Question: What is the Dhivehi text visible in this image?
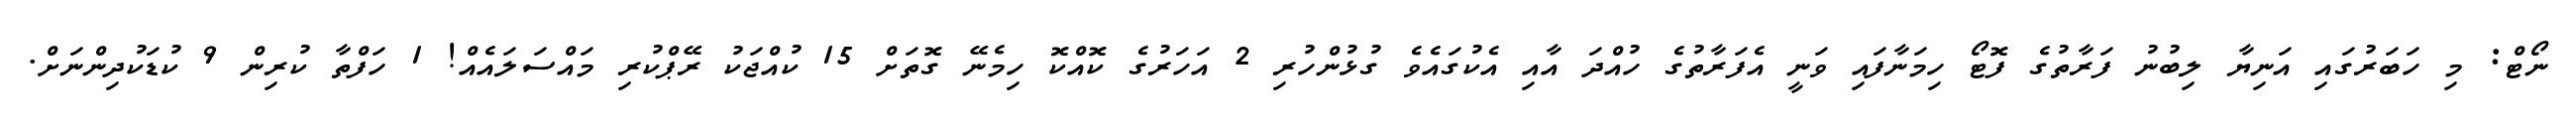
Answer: ނޯޓް: މި ހަބަރުގައި އަނިޔާ ލިބުނު ފަރާތުގެ ފޮޓޯ ހިމަނާފައި ވަނީ އެފަރާތުގެ ހުއްދަ އާއި އެކުގައެވެ ގުޅުންހުރި 2 އަހަރުގެ ކޮއްކޮ ހިމެނޭ ގޮތަށް 15 ކުއްޖަކު ރޭޕްކުރި މައްސަލައެއް! 1 ހަފްތާ ކުރިން 9 ކުޑަކުދިންނަށް.